Report of the King Institute of Preventive Medicine, Guindy
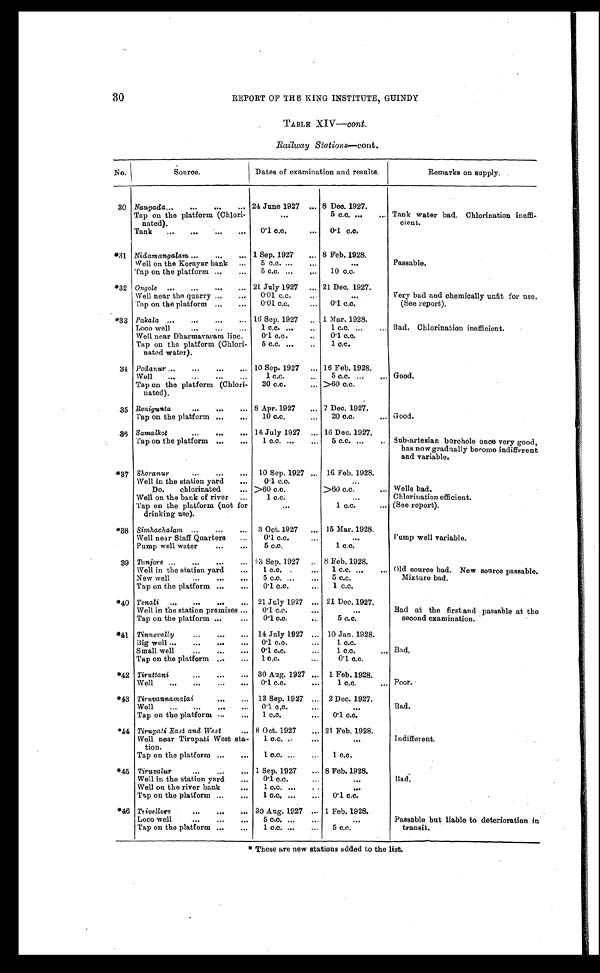
30
REPORT OF THE KING INSTITUTE, GUINDY
TABLE XIV—cont.
Railway Stations—cont.
No.
Source.
Dates of examination and results.
Remarks on supply,
30 Naupada . . . 24 June 1927 . . . 8 Dec. 1927.
Tank water bad, Chlorination ineffi
-
cient.
Tap on the platform (Chlori-
nated).
. . .
5 c.c. . . .
Tank . . .
0.1 c.c. . . .
0.1 c.c.
*31 Nidamangalam . . .
1 Sep. 1927 . . . 8 Feb. 1928.
Passable.
Well on the Korayar bank . . .
5 c.c. . . .
. . .
Tap on the platform . . .
5 c.c. . . .
10 c.c.
*32 Ongole . . .
21 July 1927 . . . 21 Dec. 1927.
Very bad and chemically unfit for use.
(See report).
Well near the quarry . . .
0 . 0 1 c . c . . . .
. . .
Tap on the platform . . .
0.01 c.c. . . .
0.1 c.c.
*33 Pakala . . .
16 Sep. 1927 . . .
1 Mar. 1928.
Bad. Chlorination inefficient.
Loco well . . .
1 c.c. . . .
1 c.c. . . .
Well near Dharmavaram line.
0.1 c.c. . . .
0.1 c.c.
Tap on the platform (Chlori-
nated water).
5 c.c. . . .
1 c.c.
34 Podanur . . .
10 Sep. 1927 . . . 16 Feb. 1928.
Good.
Well . . .
1.c.c. . . .
5 c.c. . . .
Tap on the platform (Chlori-
nated).
20 c.c. . . . >60 c.c.
35 Renigunta . . .
8 Apr. 1927 . . . 7 Dec. 1927.
Good.
Tap on the platform . . .
10 c.c. . . .
20 c.c. . . .
36 Samalkot . . .
14 July 1927 . . . 16 Dec. 1927.
Sub-artesian borehole once very good,
has now gradually become indifferent
and variable.
Tap on the platform . . .
1 c.c. . . .
5 c.c. . . .
*37 Shoranur . . .
10 Sep. 1927 . . . 16 Feb. 1928. . . .
Well in the station yard . . .
0.1 c.c.
. . .
Do. chlorinated . . . > 6 0 c . c . . . . .
>60 c.c. . . .
Wells bad.
Well on the bank of river . . .
1 c . c . . . .
. . .
Chlorination efficient.
Tap on the platform (not for
drinking use).
. . .
1 c . c . . . .
(See report).
*38 Simhachalam . . .
3 Oct. 1927 . . . 15 Mar. 1928.
Pump well variable.
Well near Staff Quarters . . .
0.1 c.c. . . .
. . .
Pump well water . . .
5 c.c.
1 c.c.
39 Tanjore . . .
23 Sep. 1927 . . . 8 Feb. 1928.
Old source bad. New source passable.
Mixture bad.
Well in the station yard . . .
1 c.c. . . .
1 c.c. . . .
New well . . .
5 c.c. . . .
5 c.c.
Tap on the platform . . .
0.1 c.c. . . .
1 c.c.
*40 Tenali . . .
21 July 1927 . . . 21 Dec. 1927.
Bad at the first and passable at the
second examination.
Well in the station premises . . .
0.1 c.c. . . .
. . .
Tap on the platform . . .
0.1 c.c. . . .
5 c.c.
*41 Tinnevelly . . .
14 July 1927 . . . 10 Jan. 1928.
Bad.
Big well . . .
0.1 c.c. . . .
1 c.c.
Small well . . .
0.1 c.c. . . .
1 c.c. . . .
Tap on the platform . . .
1 c.c. . . .
0.1 c.c.
*42 Tiruttani . . .
30 Aug. 1927 . . . 1 Feb. 1928.
Poor.
Well . . .
0.1 c.c. . . .
1 c.c. . . .
*43 Tiruvannamalai . . .
13 Sep. 1927 . . . 2 Dec. 1927.
Bad.
Well . . .
0.1 c,c. . . .
. . .
Tap on the platform . . .
1 c.c. . . .
0 . 1 c . c .
*44 Tirupati East and West . . .
8 Oct. 1927 . . . 21 Feb. 1928.
Indifferent.
Well near Tirupati West sta-
tion.
1 c.c. . . .
. . .
Tap on the platform . . .
1 c.c. . . .
1 c.c.
*45 Tiruvalur . . .
1 Sep. 1927 . . . 8 Feb. 1928.
Bad.
Well in the station yard . . .
0.1 c.c. . . .
. . .
Well on the river bank . . .
1 c.c. . . .
. . .
Tap on the platform . . .
1 c.c. . . .
0.1 c.c.
*46 Trivellore . . .
30 Aug. 1927 . . . 1 Feb. 1928.
Passable but liable to deterioration in
transit.
Loco well . . .
5 c.c. . . .
. . .
Tap on the platform . . .
1 c.c. . . .
5 c.c.
* These are new stations added to the list.